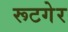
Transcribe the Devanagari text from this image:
रूटगेर